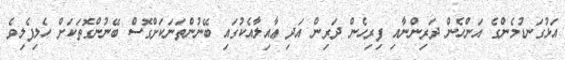
އަޅުގަނޑުމެންގެ އަންހެން ދަރިންނާއި ފިރިހެން ދަރިން އަދި ޢާއިލާއެކުގައި ބޭނުންތަނަކަށްގޮސް ބޭނުންގޮތަކަށް ހެލިފެލިވެ